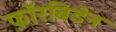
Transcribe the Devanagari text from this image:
फ़ॉरबिडेन